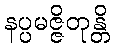
နပ္ပမဇ္ဇိတုန္တိ